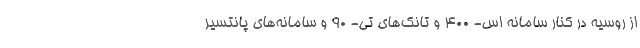
از روسیه در کنار سامانه اس- ۴۰۰ و تانک‌های تی- ۹۰ و سامانه‌های پانتسیر